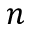
n